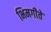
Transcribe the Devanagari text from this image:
भिमगीते